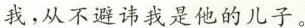
我，从不避讳我是他的儿子。